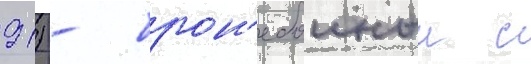
91) - брон'ебоиныи с